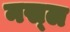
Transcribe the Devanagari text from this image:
नस्‍ल